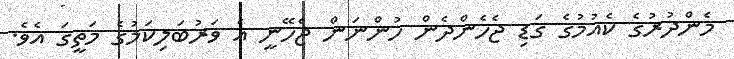
މެންދުރުގެ ކެއުމުގެ ގަޑި ޖެހެންދެން ހުންނަން ޖެހޭނީ އެ ވަރުބަލިކަމުގެ މަތީގަ އެވެ.